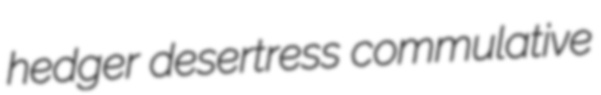
hedger desertress commulative